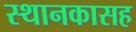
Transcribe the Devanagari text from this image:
स्थानकासह